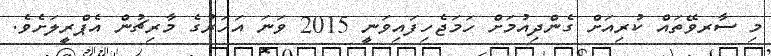
މި ސާރވޭތައް ކުރިއަށް ގެންދިއުމަށް ހަމަޖެހިފައިވަނީ 2015 ވަނަ އަހަރުގެ މާރިޗުން އެޕްރީލަށެވެ.